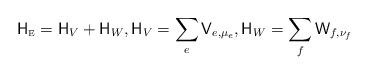
LaTeX: \begin{align*}\mathsf{H}_{\scriptscriptstyle\mathrm{E}} =\mathsf{H}_V+\mathsf{H}_W, \mathsf H_V=\sum\limits_{e}\mathsf V_{e,\mu_e}, \mathsf H_W= \sum\limits_{f} \mathsf W_{f,\nu_f}\end{align*}